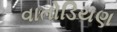
વાતોડિયણ